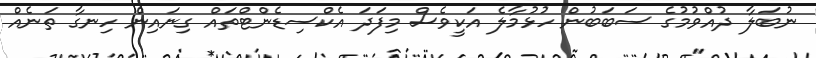
ނުބަލާ ދުއްވުމުގެ ސަބަބުން ހުޅުމާލެ އަކީވެސް މިފަދަ އެކްސިޑެންޓްތައް ގިނައިން ހިނގާ ތަނެއް